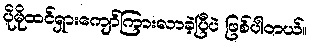
ပိုမိုထင်ရှားကျော်ကြားလာခဲ့ပြီပဲ ဖြစ်ပါတယ်။